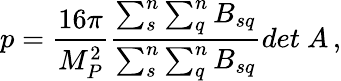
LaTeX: p=\frac{16\pi}{M_{P}^{2}}\frac{\sum_{s}^{n}\sum_{q}^{n}B_{sq}}{\sum_{s}^{n}\sum_{q}^{n}B_{sq}}{det~A}\, ,